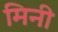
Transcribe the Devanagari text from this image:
मिनी